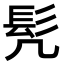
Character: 髠